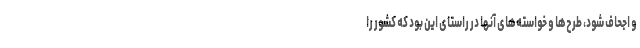
و اجحاف شود، طرح‌ها و خواسته‌های آنها در راستای این بود که کشور را